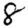
Digit: 8